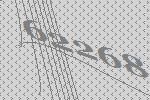
62268